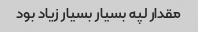
مقدار لپه بسیار بسیار زیاد بود